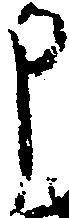
申